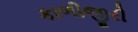
કાળીજીરી